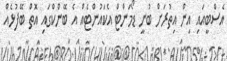
އެސްބީއައި އިން އިތުރަށް ބުނީ ޑޯމަންޓް އެކައުންޓެއް އެ ބޭންކްގައި އޮތް ބޭފުޅެއް